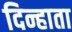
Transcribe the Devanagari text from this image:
दिन्हाता